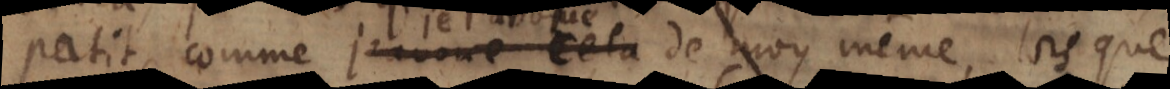
patit, comme je l’avoue de moy même, lorsque